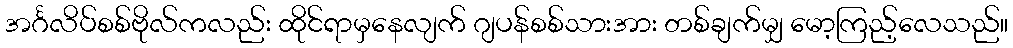
အင်္ဂလိပ်စစ်ဗိုလ်ကလည်း ထိုင်ရာမှနေလျက် ဂျပန်စစ်သားအား တစ်ချက်မျှ မော့ကြည့်လေသည်။